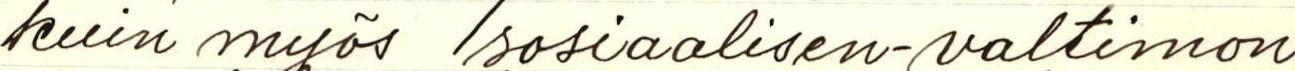
kuin myös sosiaalisen-valtimon